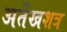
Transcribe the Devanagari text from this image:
अर्तेखशत्र